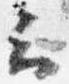
云